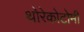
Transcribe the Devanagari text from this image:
थोरेकोटोमी